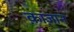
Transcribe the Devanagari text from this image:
क़ाज़ान